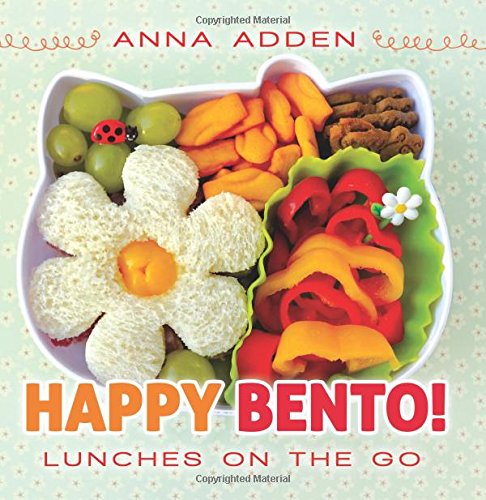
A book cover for Happy Bento!: Lunches on the Go; Anna Adden; Cookbooks, Food & Wine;